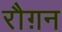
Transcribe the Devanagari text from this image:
रौग़न